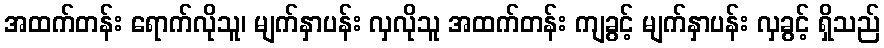
အထက်တန်း ရောက်လိုသူ၊ မျက်နှာပန်း လှလိုသူ အထက်တန်း ကျခွင့် မျက်နှာပန်း လှခွင့် ရှိသည်